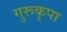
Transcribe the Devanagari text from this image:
गुरूकृपा